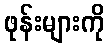
ဖုန်းများကို